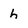
Character: h